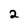
Character: 2